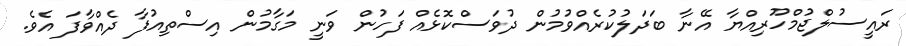
ރައީސުލްޖުމްހޫރިއްޔާ އޭނާ ބަދަލުކުރެއްވުމުން ދުވަސްކޮޅެއް ފަހުން ވަނީ މަގާމުން އިސްތިއުފާ ދެއްވާފަ އެވެ.